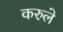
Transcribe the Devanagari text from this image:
करुले